18_6369445_General_1948_Vol_1
Agency: Department of War
Incident date: 6/15/48
Page 14
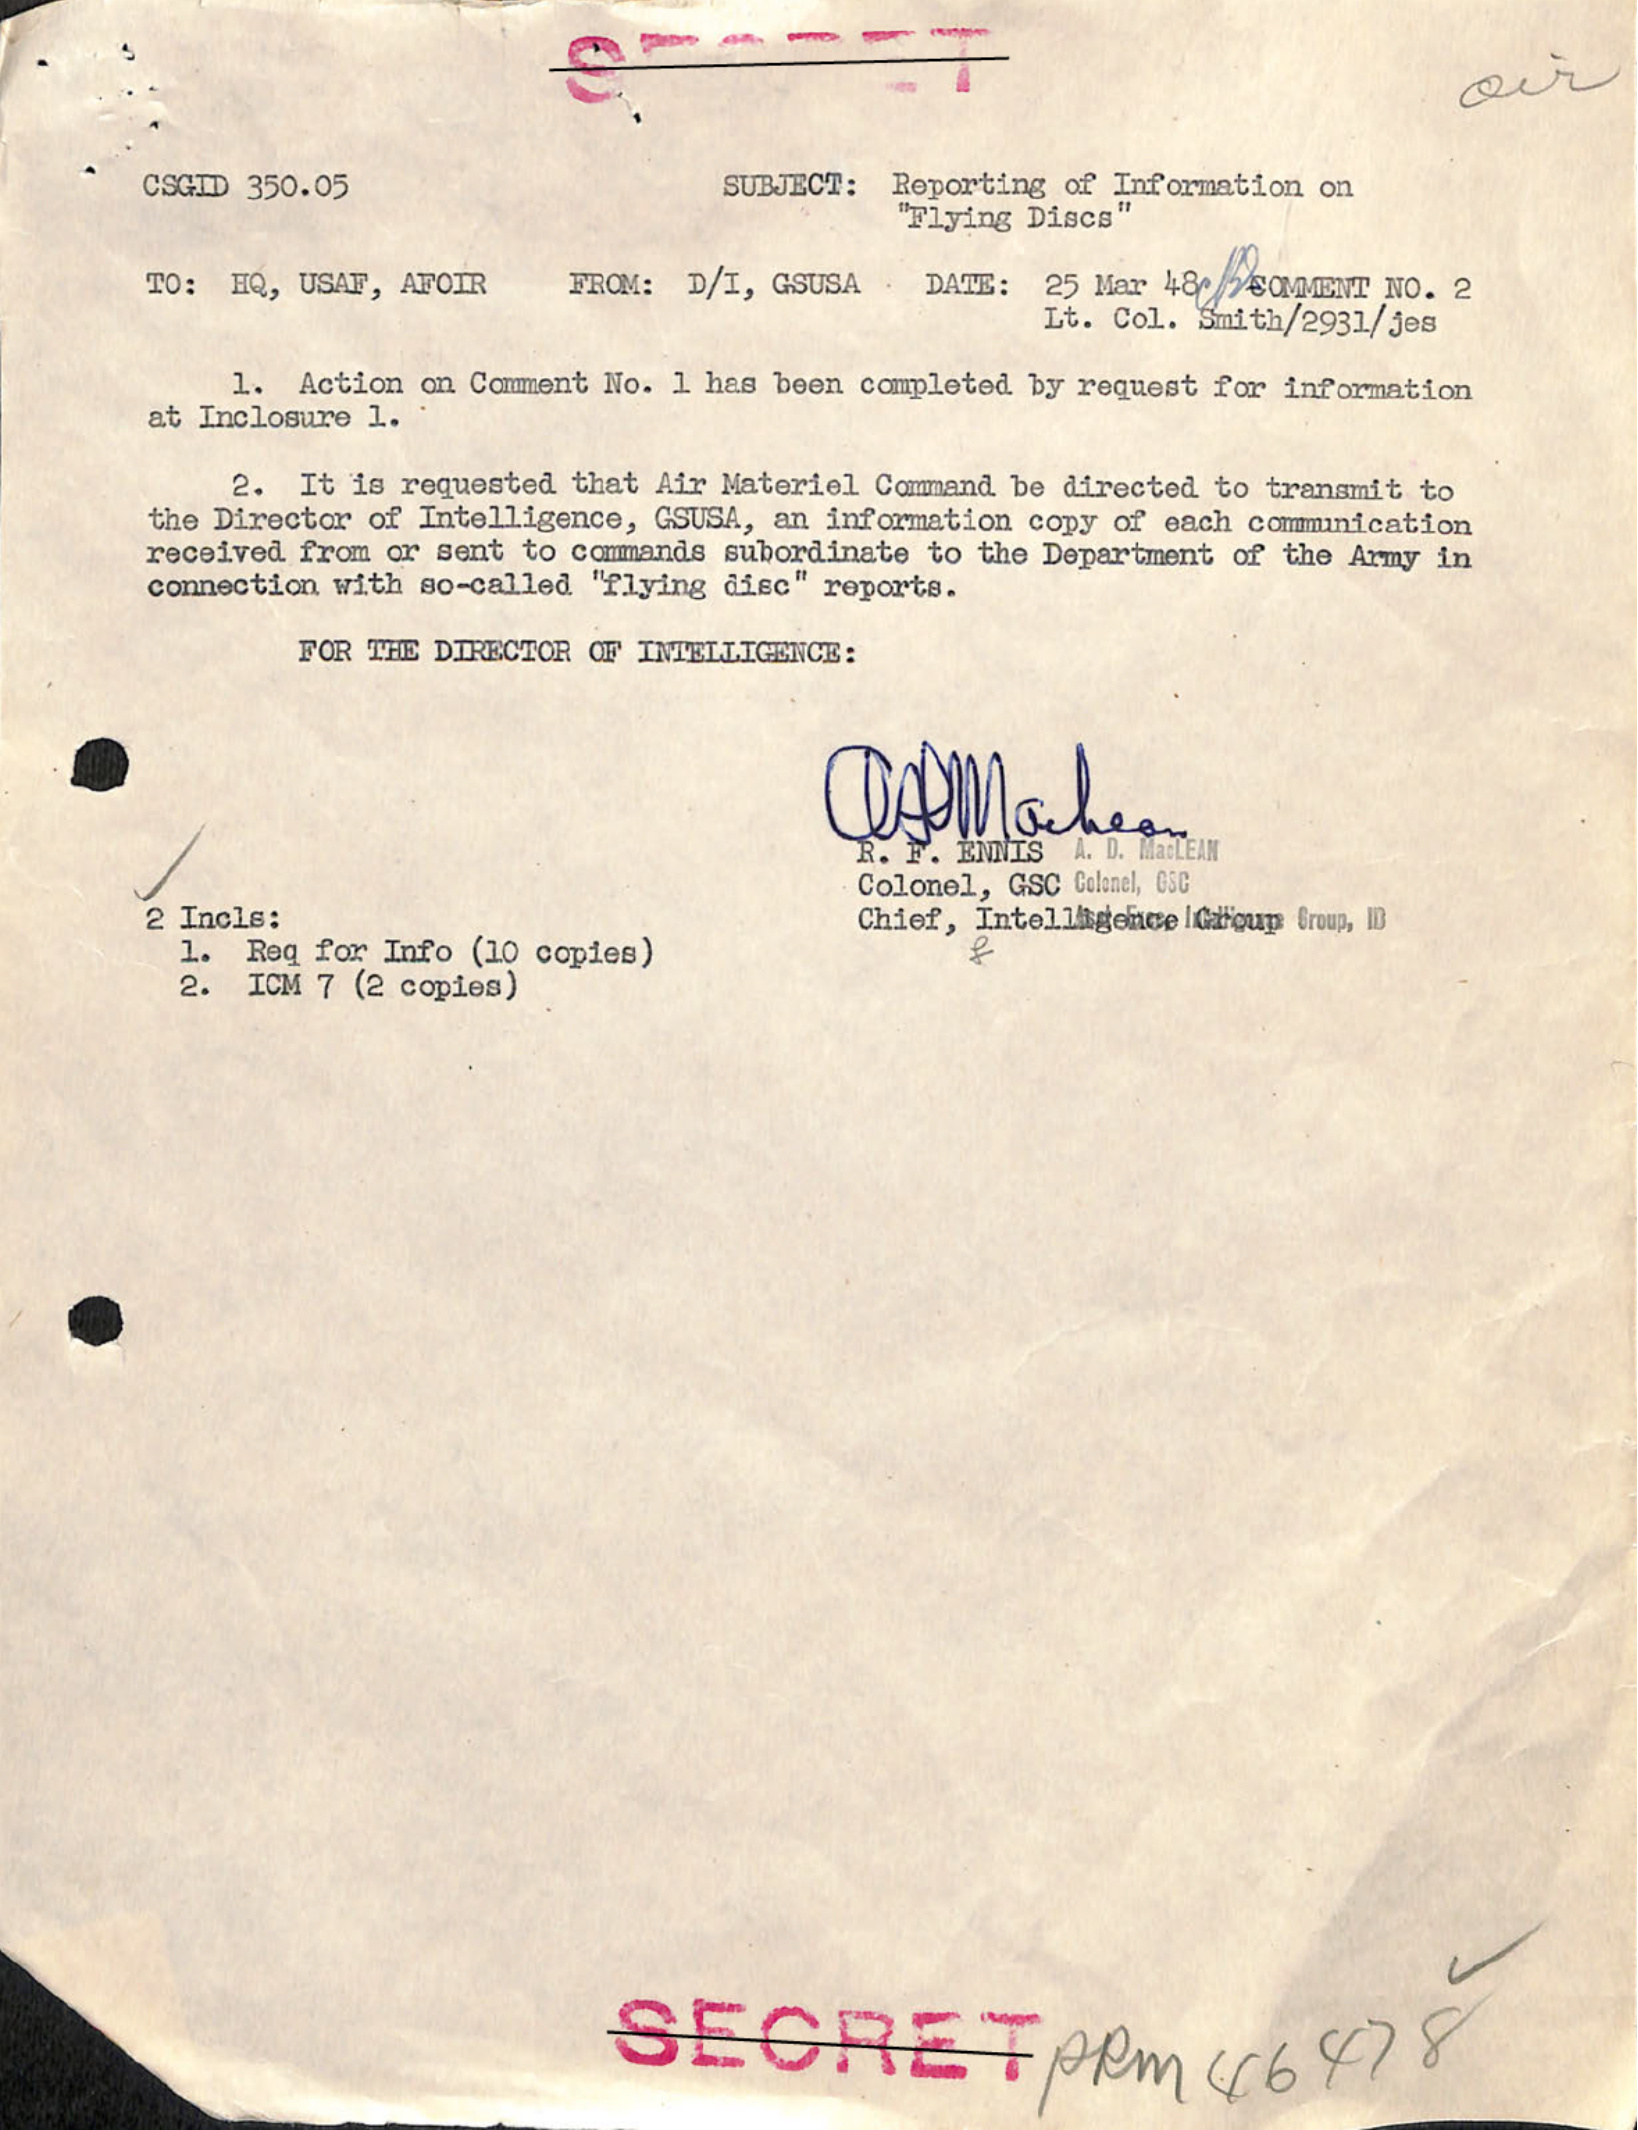